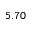
5 . 7 0